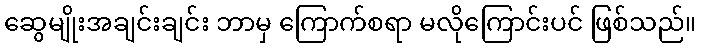
ဆွေမျိုးအချင်းချင်း ဘာမှ ကြောက်စရာ မလိုကြောင်းပင် ဖြစ်သည်။